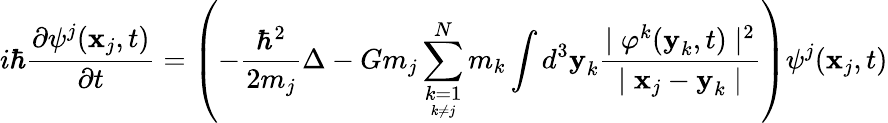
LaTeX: i\hbar\frac{\partial\psi^{j}(\textbf{x}_{j},t)}{\partial t}=\left(-\frac{\hbar^{2}}{2m_{j}}\Delta-Gm_{j}\sum_{\underset{k\neq j}{k=1}}^{N}m_{k}\int d^{3}\textbf{y}_{k}\frac{\mid\varphi^{k}(\textbf{y}_{k},t)\mid^{2}}{\mid\textbf{x}_{j}-\textbf{y}_{k}\mid}\right)\psi^{j}(\textbf{x}_{j},t)